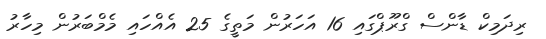
ރިދަމިކް ޑާންސް ގްރޫޕްގައި 16 އަހަރުން މަތީގެ 25 އެއްހައި މެމްބަރުން މިހާރު